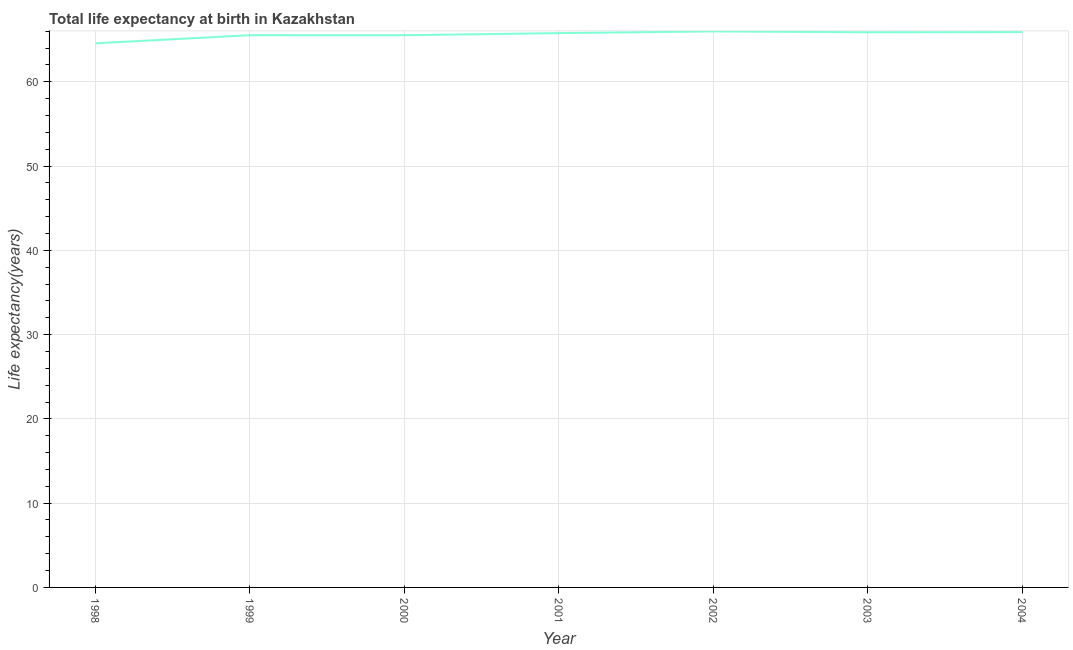
| Year | Life expectancy at birth |
 | --- | --- |
 | 1998 | 64.6 |
 | 1999 | 65.5 |
 | 2000 | 65.5 |
 | 2001 | 65.8 |
 | 2002 | 66 |
 | 2003 | 65.9 |
 | 2004 | 65.9 |